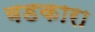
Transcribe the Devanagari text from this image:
वडकारा